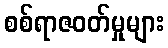
စစ်ရာဇဝတ်မှုများ